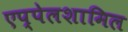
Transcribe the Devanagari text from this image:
एप्पेलशामिल